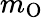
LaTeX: m_{\mathrm{O}}